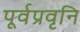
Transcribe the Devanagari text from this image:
पूर्वप्रवृनि